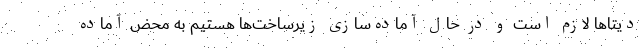
دیتاها لازم است و در حال آماده‌سازی زیرساخت‌ها هستیم به محض آماده